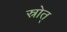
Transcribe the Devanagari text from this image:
स्रोत्